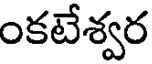
ంకటేశ్వర